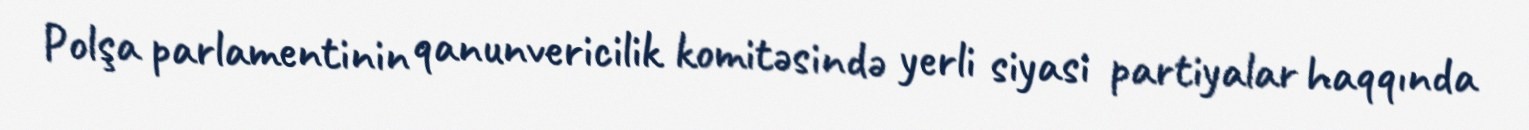
Polşa parlamentinin qanunvericilik komitəsində yerli siyasi partiyalar haqqında